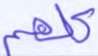
كلهم